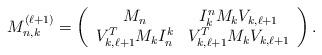
LaTeX: \begin{align*}M_{n,k}^{(\ell+1)} = \left( \begin{array}{cc}M_n & I_k^nM_kV_{k,\ell+1} \\V_{k,\ell+1}^TM_kI_n^k & V_{k,\ell+1}^TM_kV_{k,\ell+1}\end{array}\right).\end{align*}